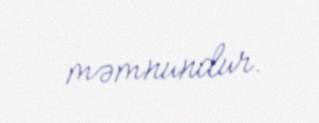
məmnundur.